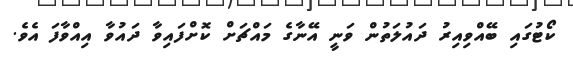
ކޯޓުގައި ބޭއްވިއިރު ދައުލަތުން ވަނީ އޭނާގެ މައްޗަށް ކޮށްފައިވާ ދައުވާ އިއްވާފަ އެވެ.